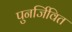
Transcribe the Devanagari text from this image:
पुनर्जिवित